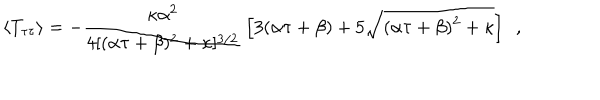
\langle T _ { \tau \tau } \rangle = - { \frac { \kappa \alpha ^ { 2 } } { 4 [ ( \alpha \tau + \beta ) ^ { 2 } + \kappa ] ^ { 3 / 2 } } } \left[ 3 ( \alpha \tau + \beta ) + 5 \sqrt { ( \alpha \tau + \beta ) ^ { 2 } + \kappa } \right] \ \ ,